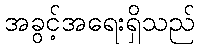
အခွင့်အရေးရှိသည်